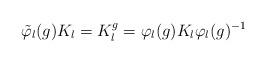
LaTeX: \begin{align*}\tilde{\varphi}_{l}(g)K_{l}=K_{l}^{g}=\varphi_{l}(g)K_{l}\varphi_{l}(g)^{-1}\end{align*}